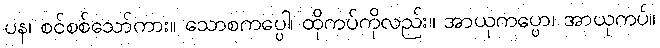
ပန၊ စင်စစ်သော်ကား။ သောစကပ္ပေါ၊ ထိုကပ်ကိုလည်း။ အာယုကပ္ပော၊ အာယုကပ်။